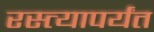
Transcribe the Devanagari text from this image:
रस्त्यापर्यंत